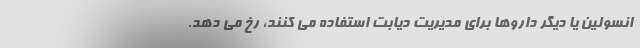
انسولین یا دیگر داروها برای مدیریت دیابت استفاده می کنند، رخ می دهد.